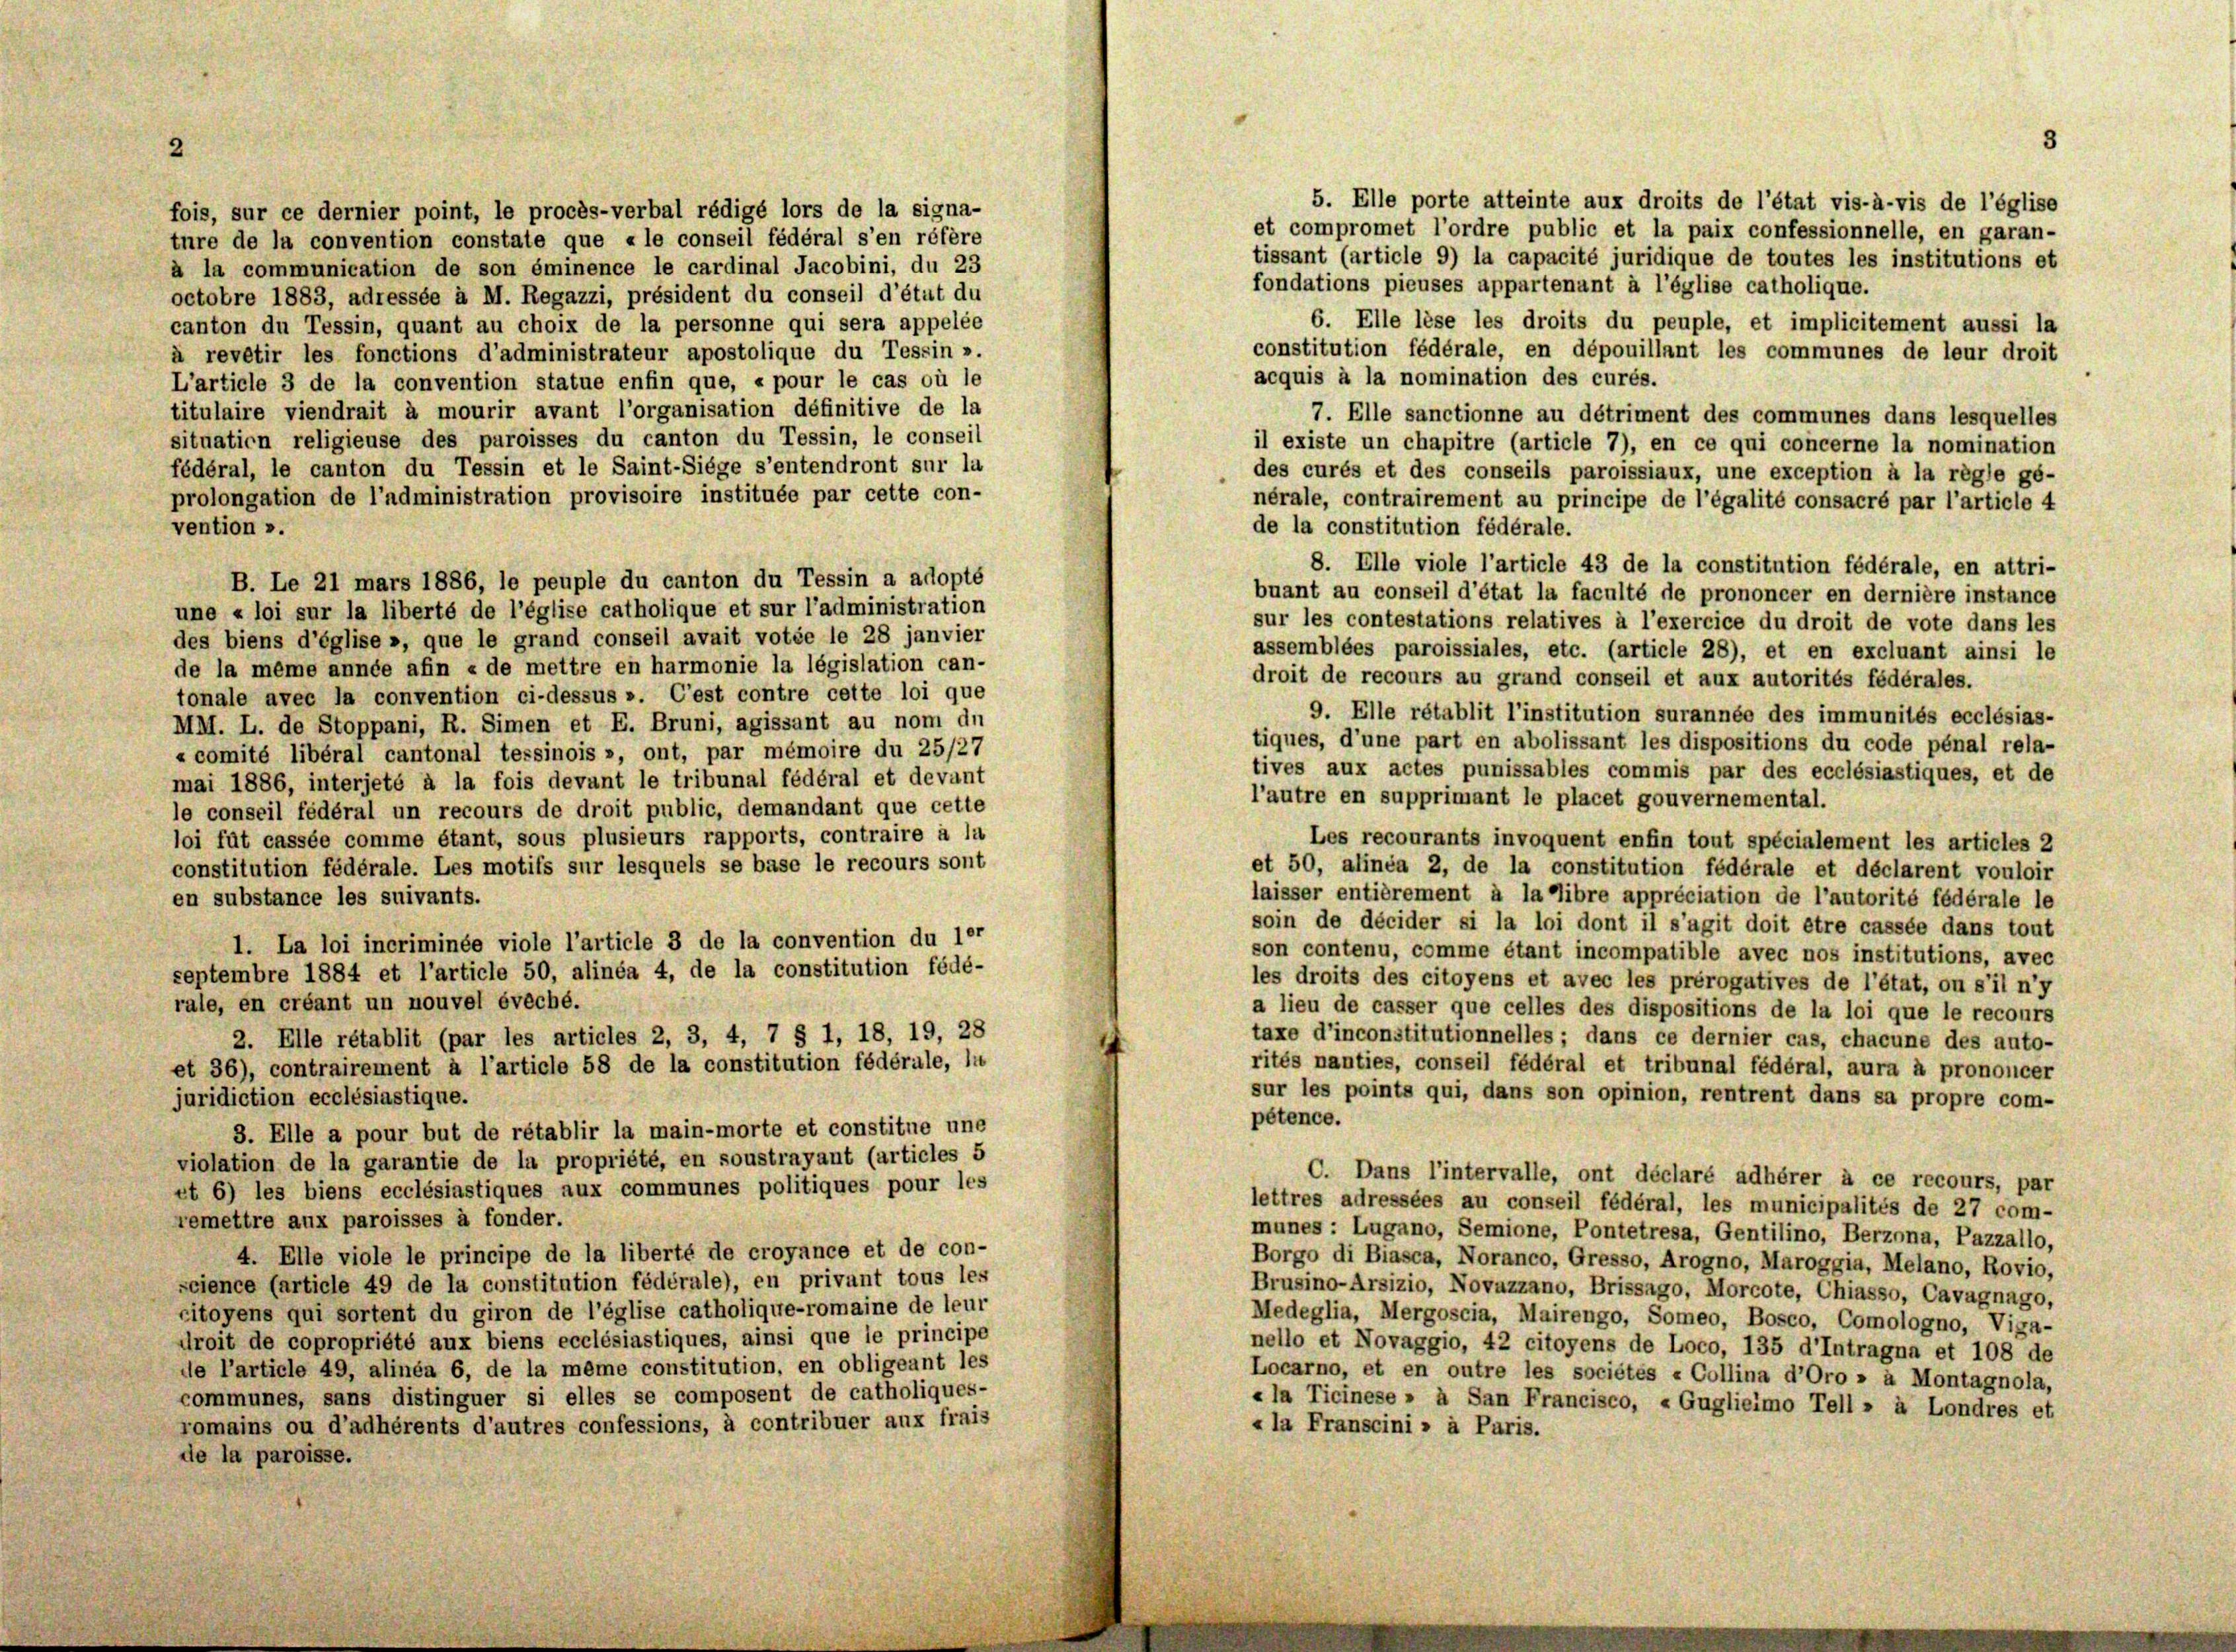
2

5. Elle porte atteinte aux droits de l’état vis-à-vis de l’église
fois, sur ce dernier point, le procès-verbal rédigé lors de la signa-
et compromet l’ordre public et la paix confessionnelle, en garan-
ture de la convention constate que « le conseil fédéral s’en réfère
tissant (article 9) la capacité juridique de toutes les institutions et
à la communication de son éminence le cardinal Jacobini, du 23
fondations pieuses appartenant à l’église catholique.
octobre 1883, adressée à M. Regazzi, président du conseil d’état du
6. Elle lese les droits du peuple, et implicitement aussi la
canton du Tessin, quant au choix de la personne qui sera appelée
constitution fédérale, en dépouillant les communes de leur droit
à revetir les fonctions d’administrateur apostolique du Tessin ».
acquis à la nomination des curés.
L’article 3 de la convention statue enfin que, « pour le cas où le
titulaire viendrait à mourir avant l’organisation définitive de la
7. Elle sanctionne au détriment des communes dans lesquelles
situation religieuse des paroisses du canton du Tessin, le conseil
il existe un chapitre (article 7), en ce qui concerne la nomination
fédéral, le canton du Tessin et le Saint-Siege s’entendront sur la
des curés et des conseils paroissiaux, une exception à la règle ge-
prolongation de l’administration provisoire instituée par cette con-
nérale, contrairement au principe de l’égalité consacré par l’article 4
de la constitution fédérale.
vention ».
8. Elle viole l’article 43 de la constitution fédérale, en attri-
B. Le 21 mars 1886, le peuple du canton du Tessin a adopté
buant au conseil d’état la faculté de prononcer en dernière instance
une « loi sur la liberté de l’église catholique et sur l’administration
sur les contestations relatives à l’exercice du droit de vote dans les
des biens d’église », que le grand conseil avait votée le 28 janvier
assemblées paroissiales, etc. (article 28), et en excluant ainsi le
de la même année afin « de mettre en harmonie la législation can-
droit de recours au grand conseil et aux autorités fédérales.
tonale avec la convention ci-dessus ». C’est contre cette loi que
9. Elle rétablit l’institution surannée des immunités ecclésias-
MM. L. de Stoppani, R. Simen et E. Bruni, agissant au nom du
tiques, d’une part en abolissant les dispositions du code pénal rela-
« comité libéral cantonal tessinois », ont, par mémoire du 25/27
tives aux actes punissables commis par des ecclésiastiques, et de
mai 1886, interjeté à la fois devant le tribunal fédéral et devant
l’autre en supprimant le placet gouvernemental.
le conseil fédéral un recours de droit public, demandant que cette
loi fût cassée comme étant, sous plusieurs rapports, contraire à la
Les recourants invoquent enfin tout spécialement les articles 2
constitution fédérale. Les motifs sur lesquels se base le recours sont
et 50, alinea 2, de la constitution fédérale et déclarent vouloir
laisser entièrement à la Tibre appréciation de l’autorité fédérale le
en substance les suivants.
soin de décider si la loi dont il s’agit doit être cassée dans tout
1. La loi incriminée viole l’article 3 de la convention du ler
son contenu, comme étant incompatible avec nos institutions, avec
septembre 1884 et l’article 50, alinéa 4, de la constitution fédé-
les droits des citoyens et avec les prérogatives de l’état, ou s’il n’y
rale, en créant un nouvel éveché.
a lieu de casser que celles des dispositions de la loi que le recours
taxe d’inconstitutionnelles ; dans ce dernier cas, chacune des auto-
2. Elle rétablit (par les articles 2, 3, 4, 7 § 1, 18, 19, 28
rités nanties, conseil fédéral et tribunal fédéral, aura à prononcer
et 36), contrairement à l’article 58 de la constitution fédérale, la
sur les points qui, dans son opinion, rentrent dans sa propre com-
juridiction ecclésiastique.
pétence.
3. Elle a pour but de rétablir la main-morte et constitue une
violation de la garantie de la propriété, en soustrayant (articles 5
C. Dans l’intervalle, ont déclaré adhérer à ce recours, par
et 6) les biens ecclésiastiques aux communes politiques pour les
lettres adressées au conseil fédéral, les municipalités de 27 com-
remettre aux paroisses à fonder.
munes: Lugano, Semione, Pontetresa, Gentilino, Berzona, Pazzallo,
4. Elle viole le principe de la liberté de croyance et de con-
Borgo di Biasca, Noranco, Gresso, Arogno, Maroggia, Melano, Rovio,
science (article 49 de la constitution fédérale), en privant tous les
Brusino-Arsizio, Novazzano, Brissago, Morcote, Chiasso, Cavagnago,
citoyens qui sortent du giron de l’église catholique-romaine de leur
Medeglia, Mergoscia, Mairengo, Someo, Bosco, Comologno, Viga-
droit de copropriété aux biens ecclésiastiques, ainsi que le principe
nello et Novaggio, 42 citoyens de Loco, 135 d’Intragna et 108 de
de l’article 49, alinéa 6, de la même constitution, en obligeant les
Locarno, et en outre les sociétes « Collina d’Oro » à Montagnola,
communes, sans distinguer si elles se composent de catholiques-
«la Ticinese » à San Francisco, «Guglieimo Tell » à Londres et
romains ou d’adhérents d’autres confessions, à contribuer aux frais
«la Franscini » à Paris.
de la paroisse.

3